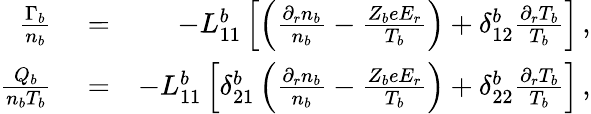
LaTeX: \begin{array}{rlr}{\frac{\Gamma_{b}}{n_{b}}}&{{}=}&{-L_{11}^{b}\left[\left(\frac{\partial_{r}n_{b}}{n_{b}}-\frac{Z_{b}eE_{r}}{T_{b}}\right)+\delta_{12}^{b}\frac{\partial_{r}T_{b}}{T_{b}}\right]\, ,}\\ {\frac{Q_{b}}{n_{b}T_{b}}}&{{}=}&{-L_{11}^{b}\left[\delta_{21}^{b}\left(\frac{\partial_{r}n_{b}}{n_{b}}-\frac{Z_{b}eE_{r}}{T_{b}}\right)+\delta_{22}^{b}\frac{\partial_{r}T_{b}}{T_{b}}\right]\, ,}\end{array}